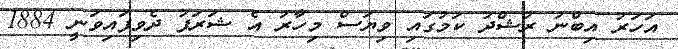
އަހަރު އިބްނު ރުޝްދު ކަމުގައި ވިޔަސް މިހާރު އެ ޝަރަފު ދެވިފައިވަނީ 1884